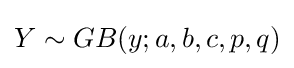
Y\sim GB(y;a,b,c,p,q)